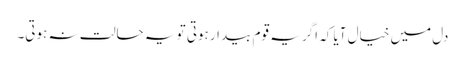
دل میں خیال آیا کہ اگر یہ قوم بیدار ہوتی تو یہ حالت نہ ہوتی۔